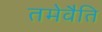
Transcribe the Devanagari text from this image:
तमेवैति